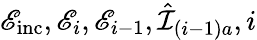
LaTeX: \mathscr{E}_{\mathrm{{inc}}},\mathscr{E}_{i},\mathscr{E}_{i-1},\hat{{\mathcal{{I}}}}_{(i-1)a},i